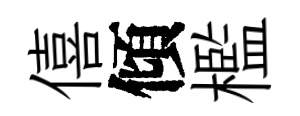
僖傾檻